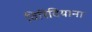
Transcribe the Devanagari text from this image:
विरिदियाना